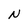
Character: N